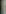
-